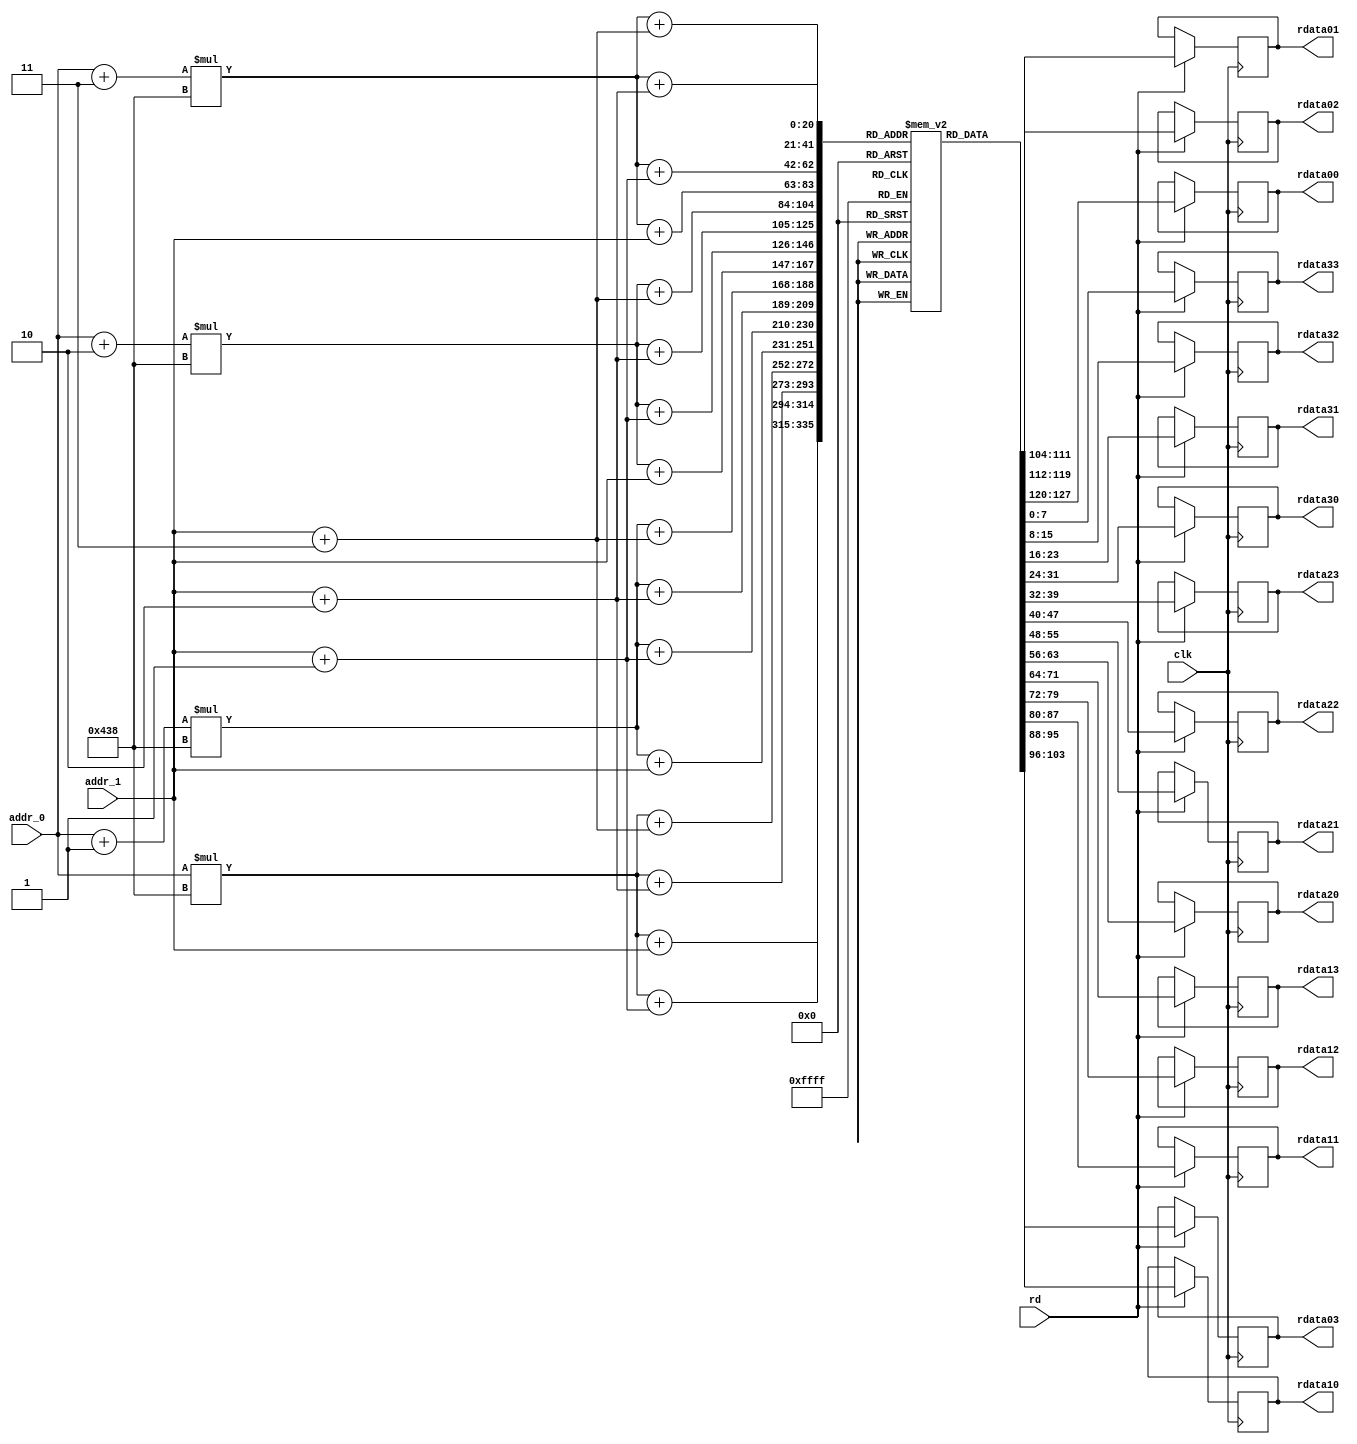
module dmref(
		input wire			clk,
		input wire	[10:0]	addr_0, addr_1,
		input wire			rd,
		output reg 	[7:0]	rdata00,
		output reg 	[7:0]	rdata01,
		output reg 	[7:0]	rdata02,
		output reg 	[7:0]	rdata03,
		output reg 	[7:0]	rdata10,
		output reg 	[7:0]	rdata11,
		output reg 	[7:0]	rdata12,
		output reg 	[7:0]	rdata13,
		output reg 	[7:0]	rdata20,
		output reg 	[7:0]	rdata21,
		output reg 	[7:0]	rdata22,
		output reg 	[7:0]	rdata23,
		output reg 	[7:0]	rdata30,
		output reg 	[7:0]	rdata31,
		output reg 	[7:0]	rdata32,
		output reg 	[7:0]	rdata33
		);
	//addr
	reg [7:0] mem [1919:0][1079:0];  
	always @(posedge clk ) begin
		if(rd)
		begin
		rdata00<=mem[addr_0][addr_1];
		rdata01<=mem[addr_0][addr_1+1];
		rdata02<=mem[addr_0][addr_1+2];
		rdata03<=mem[addr_0][addr_1+3];
		rdata10<=mem[addr_0+1][addr_1];
		rdata11<=mem[addr_0+1][addr_1+1];
		rdata12<=mem[addr_0+1][addr_1+2];
		rdata13<=mem[addr_0+1][addr_1+3];
		rdata20<=mem[addr_0+2][addr_1];
		rdata21<=mem[addr_0+2][addr_1+1];
		rdata22<=mem[addr_0+2][addr_1+2];
		rdata23<=mem[addr_0+2][addr_1+3];
		rdata30<=mem[addr_0+3][addr_1];
		rdata31<=mem[addr_0+3][addr_1+1];
		rdata32<=mem[addr_0+3][addr_1+2];
		rdata33<=mem[addr_0+3][addr_1+3];

		end
	end

	//assign rdata = mem[addr][31:0];
	// During a write, avoid the one cycle delay by reading from 'wdata'

endmodule